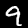
Label: 9